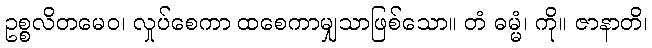
ဥစ္စလိတမေဝ၊ လှုပ်စေကာ ထစေကာမျှသာဖြစ်သော။ တံ ဓမ္မံ၊ ကို။ ဇာနာတိ၊